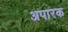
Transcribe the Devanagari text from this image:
अपारक